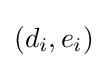
(d_{i},e_{i})